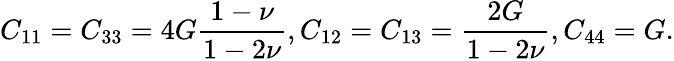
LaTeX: C_{11}=C_{33}=4G\frac{1-\nu}{1-2\nu},C_{12}=C_{13}=\frac{2G}{1-2\nu},C_{44}=G.